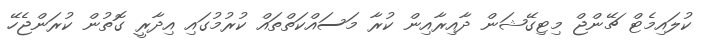
ކުލައިމެޓް ޗޭންޖް މިޓިގޭޝަން ދާއިރާއިން ކުރާ މަސައްކަތްތައް ކުރުމުގައި އިދާރީ ގޮތުން ކުރަންޖެހޭ